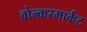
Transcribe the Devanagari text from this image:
वोल्करमार्कट